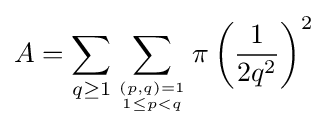
A=\sum _{q\geq 1}\sum _{(p,q)=1 \atop 1\leq p<q}\pi \left({\frac {1}{2q^{2}}}\right)^{2}